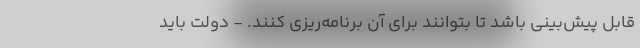
قابل پیش‌بینی باشد تا بتوانند برای آن برنامه‌ریزی کنند. - دولت باید